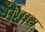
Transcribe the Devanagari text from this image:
गेगाव